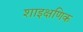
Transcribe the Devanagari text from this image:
शाइक्षणिक